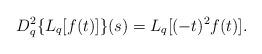
LaTeX: \begin{align*} D_{q}^{2} \{ L_{q} [f(t)] \} (s) = L_{q}[(-t)^{2} f(t)].\end{align*}